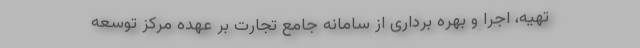
تهیه، اجرا و بهره برداری از سامانه­ جامع تجارت بر عهده مرکز توسعه